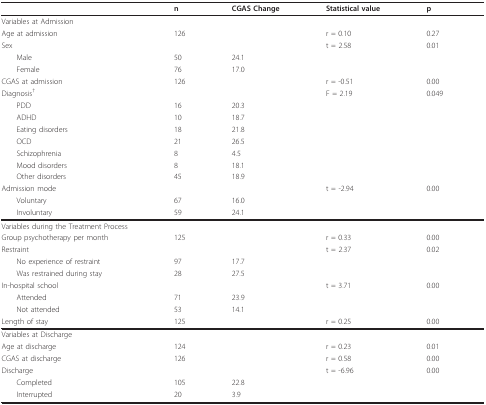
|  | n | CGAS Change | Statistical value | p |
 | --- | --- | --- | --- | --- |
 | Variables at Admission |  |  |  |  |
 | Age at admission | 126 |  | r = 0.10 | 0.27 |
 | Sex |  |  | t = 2.58 | 0.01 |
 | Male | 50 | 24.1 |  |  |
 | Female | 76 | 17.0 |  |  |
 | CGAS at admission | 126 |  | r = -0.51 | 0.00 |
 | Diagnosis† |  |  | F = 2.19 | 0.049 |
 | PDD | 16 | 20.3 |  |  |
 | ADHD | 10 | 18.7 |  |  |
 | Eating disorders | 18 | 21.8 |  |  |
 | OCD | 21 | 26.5 |  |  |
 | Schizophrenia | 8 | 4.5 |  |  |
 | Mood disorders | 8 | 18.1 |  |  |
 | Other disorders | 45 | 18.9 |  |  |
 | Admission mode |  |  | t = -2.94 | 0.00 |
 | Voluntary | 67 | 16.0 |  |  |
 | Involuntary | 59 | 24.1 |  |  |
 | Variables during the Treatment Process |  |  |  |  |
 | Group psychotherapy per month | 125 |  | r = 0.33 | 0.00 |
 | Restraint |  |  | t = 2.37 | 0.02 |
 | No experience of restraint | 97 | 17.7 |  |  |
 | Was restrained during stay | 28 | 27.5 |  |  |
 | In-hospital school |  |  | t = 3.71 | 0.00 |
 | Attended | 71 | 23.9 |  |  |
 | Not attended | 53 | 14.1 |  |  |
 | Length of stay | 125 |  | r = 0.25 | 0.00 |
 | Variables at Discharge |  |  |  |  |
 | Age at discharge | 124 |  | r = 0.23 | 0.01 |
 | CGAS at discharge | 126 |  | r = 0.58 | 0.00 |
 | Discharge |  |  | t = -6.96 | 0.00 |
 | Completed | 105 | 22.8 |  |  |
 | Interrupted | 20 | 3.9 |  |  |